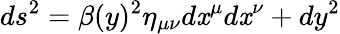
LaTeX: ds^{2}=\beta(y)^{2}\eta_{\mu\nu}d\mathit{x}^{\mu}d\mathit{x}^{\nu}+dy^{2}